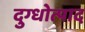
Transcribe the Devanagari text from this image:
दुग्धोत्पाद